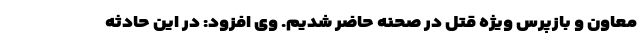
معاون و بازپرس ویژه قتل در صحنه حاضر شدیم. وی افزود: در این حادثه